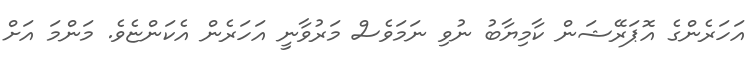
އަހަރެންގެ އޮޕަރޭޝަން ކާމިޔާބު ނުވި ނަމަވެސް މަރުވާނީ އަހަރެން އެކަންޏެވެ. މަންމަ އަށް